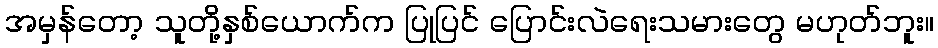
အမှန်တော့ သူတို့နှစ်ယောက်က ပြုပြင် ပြောင်းလဲရေးသမားတွေ မဟုတ်ဘူး။